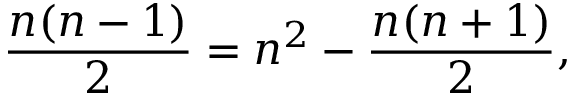
{ \frac { n ( n - 1 ) } { 2 } } = n ^ { 2 } - { \frac { n ( n + 1 ) } { 2 } } ,